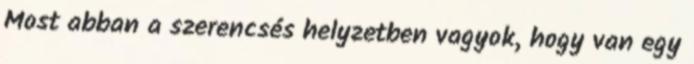
Most abban a szerencsés helyzetben vagyok, hogy van egy